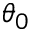
\theta _ { 0 }